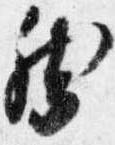
然